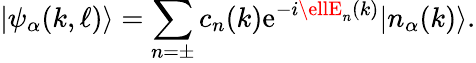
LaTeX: |\psi_{\alpha}(k,\ell)\rangle=\sum_{n=\pm}c_{n}(k)\mathrm{e}^{-i\ellE_{n}(k)}|n_{\alpha}(k)\rangle.